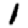
Digit: 1